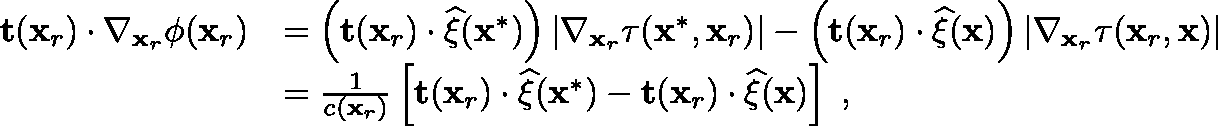
\begin{array} { r l } { \mathbf { t } ( \mathbf { x } _ { r } ) \cdot \nabla _ { \mathbf { x } _ { r } } \phi ( \mathbf { x } _ { r } ) } & { = \left( \mathbf { t } ( \mathbf { x } _ { r } ) \cdot \widehat { \mathbf { \xi } } ( \mathbf { x } ^ { * } ) \right) \left| \nabla _ { \mathbf { x } _ { r } } \tau ( \mathbf { x } ^ { * } , \mathbf { x } _ { r } ) \right| - \left( \mathbf { t } ( \mathbf { x } _ { r } ) \cdot \widehat { \mathbf { \xi } } ( \mathbf { x } ) \right) \left| \nabla _ { \mathbf { x } _ { r } } \tau ( \mathbf { x } _ { r } , \mathbf { x } ) \right| } \\ & { = \frac { 1 } { c ( \mathbf { x } _ { r } ) } \left[ \mathbf { t } ( \mathbf { x } _ { r } ) \cdot \widehat { \mathbf { \xi } } ( \mathbf { x } ^ { * } ) - \mathbf { t } ( \mathbf { x } _ { r } ) \cdot \widehat { \mathbf { \xi } } ( \mathbf { x } ) \right] \; , } \end{array}